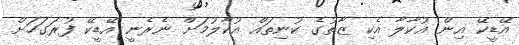
އޭޑީކޭ އިން އުކާލާ އެކި ޒާތުގެ ކުނިތައް އުކާލުމަށް ނެރެނީ އޭޑީކޭ ފުރަގަހަށް